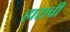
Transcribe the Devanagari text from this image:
हाराची